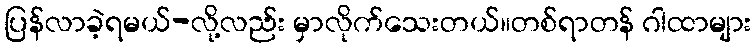
ပြန်လာခဲ့ရမယ်-လို့လည်း မှာလိုက်သေးတယ်။တစ်ရာတန် ဂါထာများ